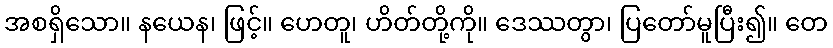
အစရှိသော။ နယေန၊ ဖြင့်။ ဟေတူ၊ ဟိတ်တို့ကို။ ဒေဿတွာ၊ ပြတော်မူပြီး၍။ တေ